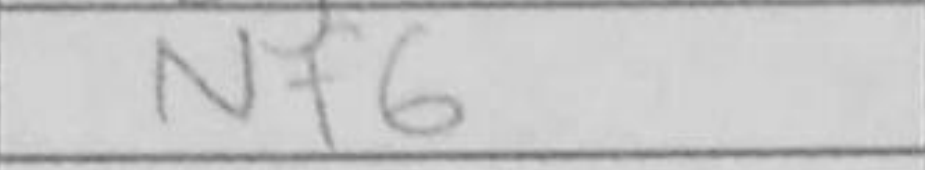
Transcription: Nf6